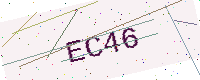
Text: EC46